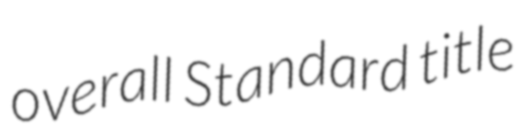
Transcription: overall Standard title